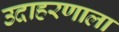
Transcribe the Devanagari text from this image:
उदाहरणाला